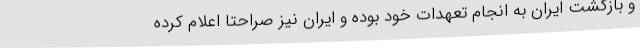
و بازگشت ایران به انجام تعهدات خود بوده و ایران نیز صراحتا اعلام کرده